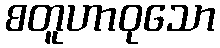
စတူဟာဝုသော